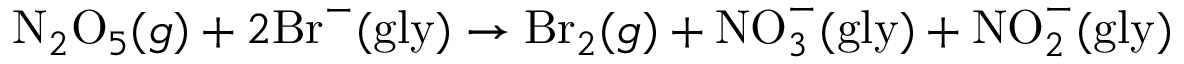
\mathrm { N } _ { 2 } \mathrm { O } _ { 5 } ( g ) + 2 \mathrm { B r } ^ { - } ( \mathrm { g l y } ) \rightarrow \mathrm { B r } _ { 2 } ( g ) + \mathrm { N O } _ { 3 } ^ { - } ( \mathrm { g l y } ) + \mathrm { N O } _ { 2 } ^ { - } ( \mathrm { g l y } )